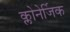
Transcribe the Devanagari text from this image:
क्लोनेर्जिक